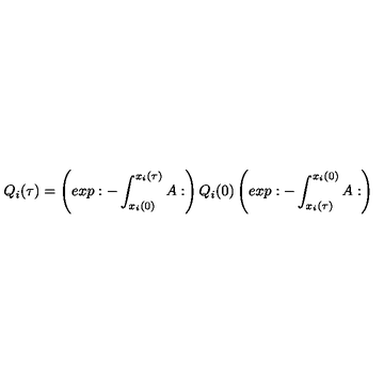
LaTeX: Q _ { i } ( \tau ) = \left( e x p : - \int _ { x _ { i } ( 0 ) } ^ { x _ { i } ( \tau ) } A : \right) Q _ { i } ( 0 ) \left( e x p : - \int _ { x _ { i } ( \tau ) } ^ { x _ { i } ( 0 ) } A : \right)